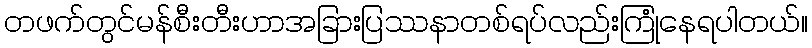
တဖက်တွင်မန်စီးတီးဟာအခြားပြဿနာတစ်ရပ်လည်းကြုံနေရပါတယ်။